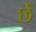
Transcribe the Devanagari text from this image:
छेँ